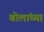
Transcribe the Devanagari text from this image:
बोलांच्या